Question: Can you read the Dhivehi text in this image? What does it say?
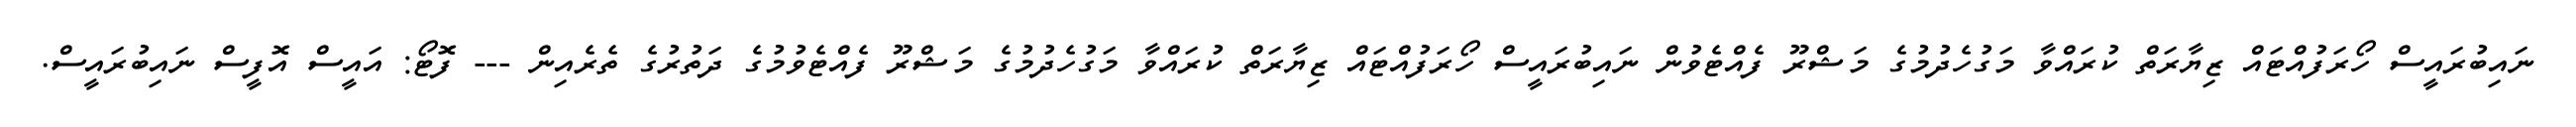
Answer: ނައިބުރައީސް ހޯރަފުއްޓައް ޒިޔާރަތް ކުރައްވާ މަގުހެދުމުގެ މަޝްރޫ ފެއްޓެވުން ނައިބުރައީސް ހޯރަފުއްޓައް ޒިޔާރަތް ކުރައްވާ މަގުހެދުމުގެ މަޝްރޫ ފެއްޓެވުމުގެ ދަތުރުގެ ތެރެއިން --- ފޮޓޯ: އައީސް އޮފީސް ނައިބުރައީސް.